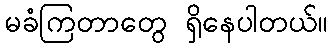
မခံကြတာတွေ ရှိနေပါတယ်။